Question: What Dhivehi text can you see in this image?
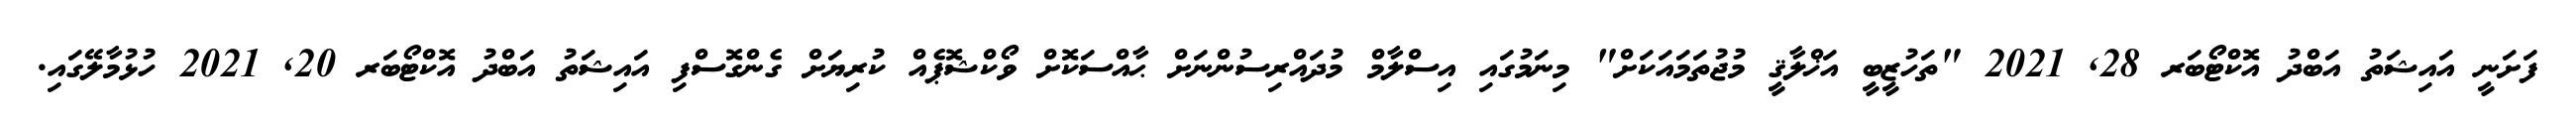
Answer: ފަށަނީ އައިޝަތު އަބްދު އޮކްޓޯބަރ 28, 2021 "ތަހުޒީބީ އަޚްލާޤީ މުޖުތަމައަކަށް" މިނަމުގައި އިސްލާމް މުދައްރިސުންނަށް ޙާއްސަކޮށް ވޯކްޝޮޕެއް ކުރިޔަށް ގެންގޮސްފި އައިޝަތު އަބްދު އޮކްޓޯބަރ 20, 2021 ހުޅުމާލޭގައި.